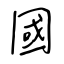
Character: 國